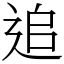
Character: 追